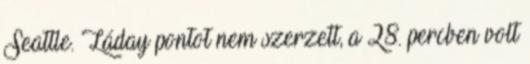
Seattle. Láday pontot nem szerzett, a 28. percben volt